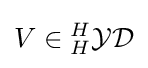
V\in {}_{H}^{H}{\mathcal {YD}}